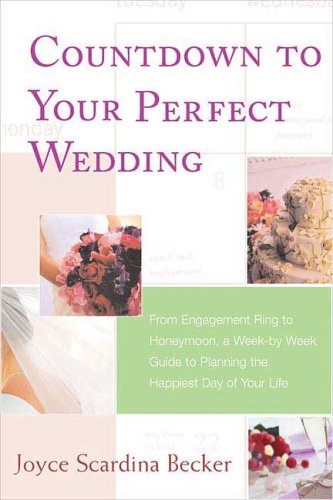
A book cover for Countdown to Your Perfect Wedding: From Engagement Ring to Honeymoon, a Week-by-Week Guide to Planning the Happiest Day of Your Life; Joyce Scardina Becker; Crafts, Hobbies & Home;